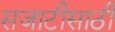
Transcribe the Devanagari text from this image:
सजाटीसाठी